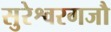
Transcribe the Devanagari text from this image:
सुरेश्वरगजौ